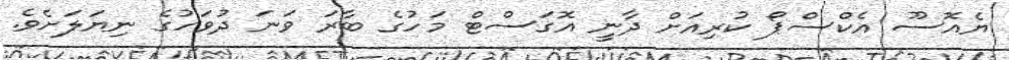
ޔެއޮސޫ އެކްސްޕޯ ކުރިއަށް ދާނީ އޮގަސްޓް މަހުގެ ބާރަ ވަނަ ދުވަހުގެ ނިޔަލަށެވެ.